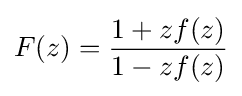
F(z)={\frac {1+zf(z)}{1-zf(z)}}